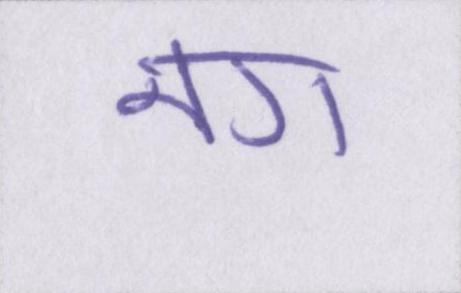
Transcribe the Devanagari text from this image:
नग